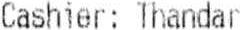
CASHIER: THANDAR